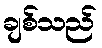
ချစ်သည်